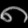
Digit: ၈